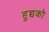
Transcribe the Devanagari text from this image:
हुच्चको